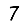
Digit: 7